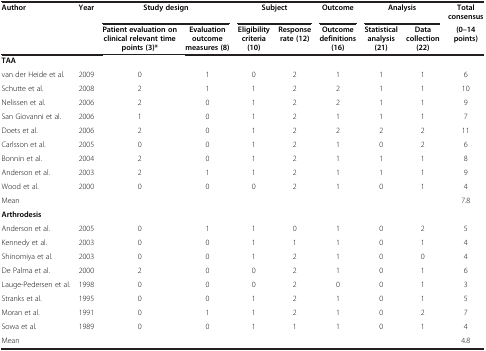
<table><thead><tr><td><b>Author</b></td><td><b>Year</b></td><td colspan="2"><b>Study design</b></td><td colspan="2"><b>Subject</b></td><td><b>Outcome</b></td><td colspan="2"><b>Analysis</b></td><td><b>Total consensus</b></td></tr><tr><td>[EMPTY_CELL]</td><td>[EMPTY_CELL]</td><td><b>Patient evaluation on clinical relevant time points (3)*</b></td><td><b>Evaluation outcome measures (8)</b></td><td><b>Eligibility criteria (10)</b></td><td><b>Response rate (12)</b></td><td><b>Outcome definitions (16)</b></td><td><b>Statistical analysis (21)</b></td><td><b>Data collection (22)</b></td><td><b>(0–14 points)</b></td></tr></thead><tbody><tr><td colspan="2"><b>TAA</b></td><td>[EMPTY_CELL]</td><td>[EMPTY_CELL]</td><td>[EMPTY_CELL]</td><td>[EMPTY_CELL]</td><td>[EMPTY_CELL]</td><td>[EMPTY_CELL]</td><td>[EMPTY_CELL]</td><td>[EMPTY_CELL]</td></tr><tr><td>van der Heide et al.</td><td>2009</td><td>0</td><td>1</td><td>0</td><td>2</td><td>1</td><td>1</td><td>1</td><td>6</td></tr><tr><td>Schutte et al.</td><td>2008</td><td>2</td><td>1</td><td>1</td><td>2</td><td>2</td><td>1</td><td>1</td><td>10</td></tr><tr><td>Nelissen et al.</td><td>2006</td><td>2</td><td>0</td><td>1</td><td>2</td><td>2</td><td>1</td><td>1</td><td>9</td></tr><tr><td>San Giovanni et al.</td><td>2006</td><td>1</td><td>0</td><td>1</td><td>2</td><td>1</td><td>1</td><td>1</td><td>7</td></tr><tr><td>Doets et al.</td><td>2006</td><td>2</td><td>0</td><td>1</td><td>2</td><td>2</td><td>2</td><td>2</td><td>11</td></tr><tr><td>Carlsson et al.</td><td>2005</td><td>0</td><td>0</td><td>1</td><td>2</td><td>1</td><td>0</td><td>2</td><td>6</td></tr><tr><td>Bonnin et al.</td><td>2004</td><td>2</td><td>0</td><td>1</td><td>2</td><td>1</td><td>1</td><td>1</td><td>8</td></tr><tr><td>Anderson et al.</td><td>2003</td><td>2</td><td>1</td><td>1</td><td>2</td><td>1</td><td>1</td><td>1</td><td>9</td></tr><tr><td>Wood et al.</td><td>2000</td><td>0</td><td>0</td><td>0</td><td>2</td><td>1</td><td>0</td><td>1</td><td>4</td></tr><tr><td>Mean</td><td>[EMPTY_CELL]</td><td>[EMPTY_CELL]</td><td>[EMPTY_CELL]</td><td>[EMPTY_CELL]</td><td>[EMPTY_CELL]</td><td>[EMPTY_CELL]</td><td>[EMPTY_CELL]</td><td>[EMPTY_CELL]</td><td>7.8</td></tr><tr><td><b>Arthrodesis</b></td><td>[EMPTY_CELL]</td><td>[EMPTY_CELL]</td><td>[EMPTY_CELL]</td><td>[EMPTY_CELL]</td><td>[EMPTY_CELL]</td><td>[EMPTY_CELL]</td><td>[EMPTY_CELL]</td><td>[EMPTY_CELL]</td><td>[EMPTY_CELL]</td></tr><tr><td>Anderson et al.</td><td>2005</td><td>0</td><td>1</td><td>1</td><td>0</td><td>1</td><td>0</td><td>2</td><td>5</td></tr><tr><td>Kennedy et al.</td><td>2003</td><td>0</td><td>0</td><td>1</td><td>1</td><td>1</td><td>0</td><td>1</td><td>4</td></tr><tr><td>Shinomiya et al.</td><td>2003</td><td>0</td><td>0</td><td>1</td><td>2</td><td>1</td><td>0</td><td>0</td><td>4</td></tr><tr><td>De Palma et al.</td><td>2000</td><td>2</td><td>0</td><td>0</td><td>2</td><td>1</td><td>0</td><td>1</td><td>6</td></tr><tr><td>Lauge-Pedersen et al.</td><td>1998</td><td>0</td><td>0</td><td>0</td><td>2</td><td>0</td><td>0</td><td>1</td><td>3</td></tr><tr><td>Stranks et al.</td><td>1995</td><td>0</td><td>0</td><td>1</td><td>2</td><td>1</td><td>0</td><td>1</td><td>5</td></tr><tr><td>Moran et al.</td><td>1991</td><td>0</td><td>1</td><td>1</td><td>2</td><td>1</td><td>0</td><td>2</td><td>7</td></tr><tr><td>Sowa et al.</td><td>1989</td><td>0</td><td>0</td><td>1</td><td>1</td><td>1</td><td>0</td><td>1</td><td>4</td></tr><tr><td>Mean</td><td>[EMPTY_CELL]</td><td>[EMPTY_CELL]</td><td>[EMPTY_CELL]</td><td>[EMPTY_CELL]</td><td>[EMPTY_CELL]</td><td>[EMPTY_CELL]</td><td>[EMPTY_CELL]</td><td>[EMPTY_CELL]</td><td>4.8</td></tr></tbody></table>